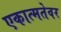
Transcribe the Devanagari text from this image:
एकात्मतेवर